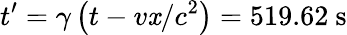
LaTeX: t^{\prime}=\gamma\left(t-v\mathit{x}/c^{2}\right)=519.62\ {\mathrm{{s}}}